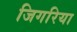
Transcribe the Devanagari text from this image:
जिगरिया